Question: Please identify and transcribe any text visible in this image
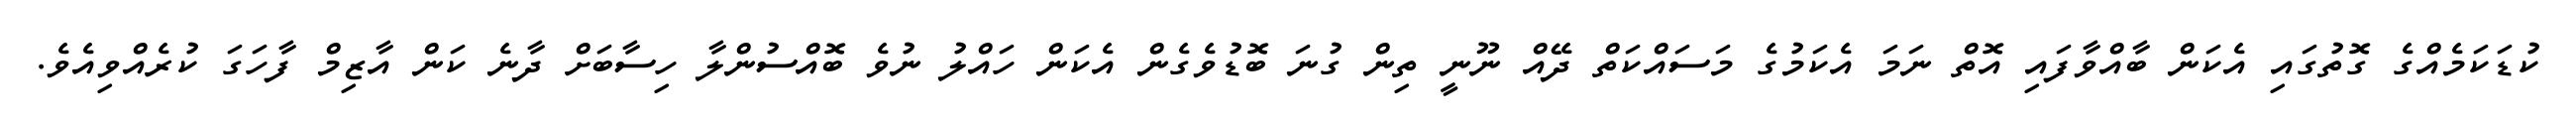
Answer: ކުޑަކަމެއްގެ ގޮތުގައި އެކަން ބާއްވާފައި އޮތް ނަމަ އެކަމުގެ މަސައްކަތް ދޭއް ނޫނީ ތިން ގުނަ ބޮޑުވެގެން އެކަން ހައްލު ނުވެ ބޮއްސުންލާ ހިސާބަށް ދާނެ ކަން އާޒިމް ފާހަގަ ކުރެއްވިއެވެ.